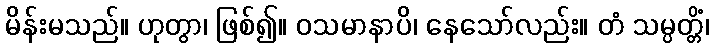
မိန်းမသည်။ ဟုတွာ၊ ဖြစ်၍။ ဝသမာနာပိ၊ နေသော်လည်း။ တံ သမ္ပတ္တိံ၊